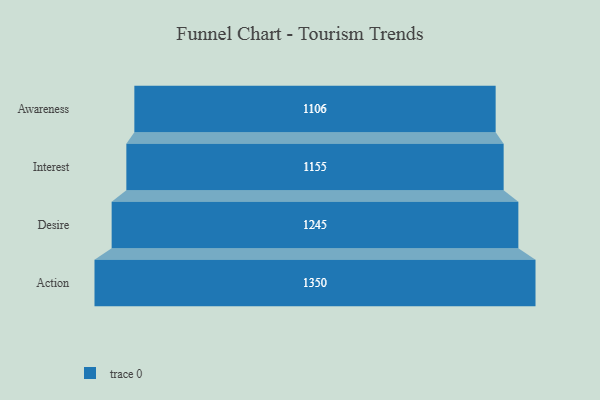
{"axis": {"x": "Stage", "y": "Value"}, "legend": [""], "data": [{"x": "Awareness", "y": 1106.0, "type": ""}, {"x": "Interest", "y": 1155.0, "type": ""}, {"x": "Desire", "y": 1245.0, "type": ""}, {"x": "Action", "y": 1350.0, "type": ""}]}